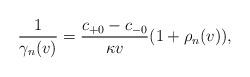
LaTeX: \begin{align*} \frac{1}{\gamma_n(v)}=\frac{c_{+0}-c_{-0}}{\kappa v}(1+\rho_n(v)),\end{align*}